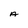
Character: A